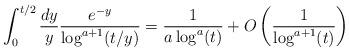
LaTeX: \begin{align*}\int_{0}^{t/2} \frac{dy}{y} \frac{e^{-y}}{\log^{a+1}(t/y)} = \frac{1}{a \log^{a}(t)} + O\left(\frac{1}{\log^{a+1}(t)}\right)\end{align*}